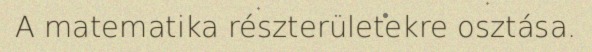
A matematika részterületekre osztása.